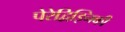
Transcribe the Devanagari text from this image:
पेरेद्विझ्निकी